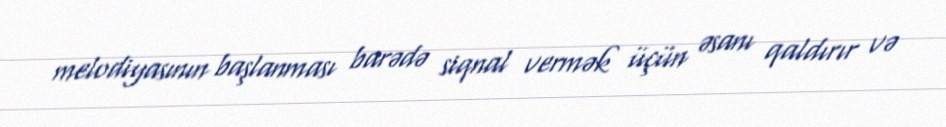
melodiyasının başlanması barədə siqnal vermək üçün əsanı qaldırır və